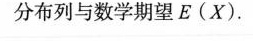
分布列与数学期望E(X)。